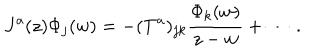
LaTeX: J ^ { a } ( z ) \Phi _ { j } ( w ) = - ( T ^ { a } ) _ { j k } \frac { \Phi _ { k } ( w ) } { z - w } + \cdots ~ .